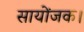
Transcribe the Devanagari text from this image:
सायोंजक।